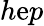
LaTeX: h\mathrm{e}p